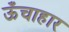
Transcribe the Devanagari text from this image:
ऊँचाहार